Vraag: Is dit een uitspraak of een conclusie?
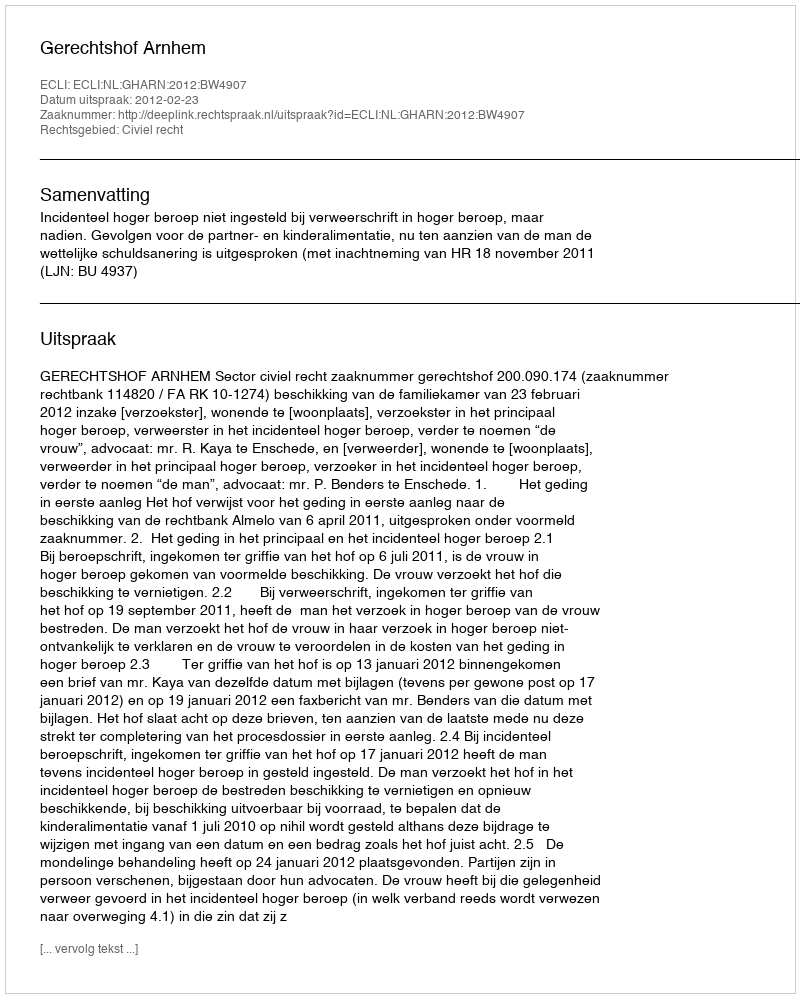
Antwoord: Uitspraak